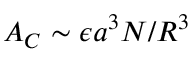
A _ { C } \sim \epsilon a ^ { 3 } N / R ^ { 3 }